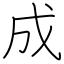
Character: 成